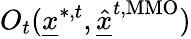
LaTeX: O_{t}(\underline{{x}}^{*,t},\underline{{\hat{x}}}^{t,\mathrm{MMO}})